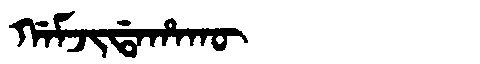
Manchu: ᡤᠠᠮᠵᡳᡩᠠᡥᠠᡴᡡ
Romanization: GAMJIDAHAKŪ